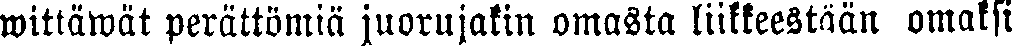
wittäwät perättömiä juorujakin omasta liikkeestään omaksi